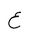
Letter: _ayn